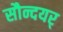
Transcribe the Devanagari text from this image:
सौन्दयर्